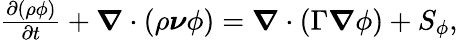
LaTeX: \begin{array}{r}{\frac{\partial\left(\rho\phi\right)}{\partial t}+\boldsymbol{\nabla}\cdot\left(\rho\boldsymbol{\nu}\phi\right)=\boldsymbol{\nabla}\cdot\left(\Gamma\boldsymbol{\nabla}\phi\right)+S_{\phi},}\end{array}